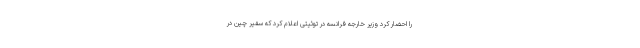
را احضار کرد وزیر خارجه فرانسه در توئیتی اعلام کرد که سفیر چین در